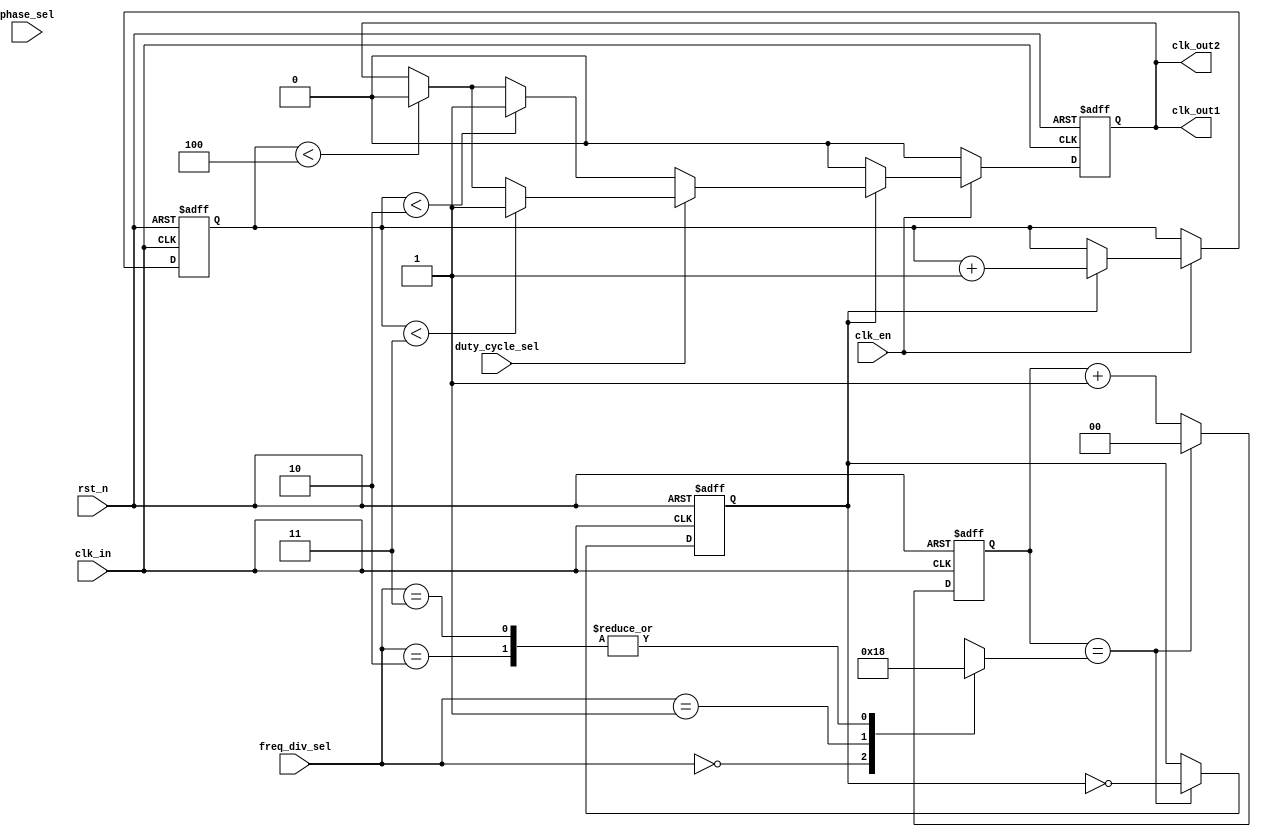
module ProgrammableClockBuffer (
    input wire clk_in,                // Input clock source
    input wire rst_n,                 // Active low reset
    input wire [1:0] freq_div_sel,    // Frequency division selector (00: 1x, 01: 2x, 10: 4x, 11: 8x)
    input wire [1:0] phase_sel,        // Phase adjustment selector (00: 0, 01: 90, 10: 180, 11: 270)
    input wire duty_cycle_sel,         // Duty cycle selector (0: 50%, 1: 75%)
    input wire clk_en,                 // Enable for the output clock
    output reg clk_out1,               // Output clock 1
    output reg clk_out2                // Output clock 2
);

reg [1:0] clk_div;                   // Clock divider count
reg [1:0] clk_count1, clk_count2;    // Clock counters for duty cycle
reg clk_divided;                     // Divided clock signal
reg [1:0] phase_shift;               // Phase shift adjustment

// Frequency Division Logic
always @(posedge clk_in or negedge rst_n) begin
    if (!rst_n) begin
        clk_count1 <= 0;
        clk_divided <= 0;
    end else begin
        if (clk_count1 == clk_div) begin
            clk_divided <= ~clk_divided;
            clk_count1 <= 0;
        end else begin
            clk_count1 <= clk_count1 + 1;
        end
    end
end

// Phase Adjustment Logic
always @(posedge clk_in or negedge rst_n) begin
    if (!rst_n) begin
        phase_shift <= 0;
    end else begin
        case (phase_sel)
            2'b00: phase_shift <= 0;   // 0 degrees
            2'b01: phase_shift <= 1;   // 90 degrees
            2'b10: phase_shift <= 2;   // 180 degrees
            2'b11: phase_shift <= 3;   // 270 degrees
            default: phase_shift <= 0;
        endcase
    end
end

// Output Clock Generation with Duty Cycle and Enable Control
always @(posedge clk_in or negedge rst_n) begin
    if (!rst_n) begin
        clk_out1 <= 0;
        clk_count2 <= 0;
    end else if (clk_en) begin
        if (clk_divided) begin
            if (duty_cycle_sel) begin // 75% duty cycle
                if (clk_count2 < 3) begin
                    clk_out1 <= 1;
                end else if (clk_count2 < 4) begin
                    clk_out1 <= 0;
                end
            end else begin // 50% duty cycle
                if (clk_count2 < 2) begin
                    clk_out1 <= 1;
                end else if (clk_count2 < 4) begin
                    clk_out1 <= 0;
                end
            end
            if (clk_count2 == 4) begin
                clk_count2 <= 0;
            end else begin
                clk_count2 <= clk_count2 + 1;
            end
        end else begin
            clk_out1 <= 0;
        end
    end else begin
        clk_out1 <= 0; // Disable output when not enabled
    end
end

// Duplicate clock output for clk_out2 with different settings if necessary
assign clk_out2 = clk_out1; // For simplicity, this can be modified to handle different configurations.

// Frequency divider selection
always @(*) begin
    case (freq_div_sel)
        2'b00: clk_div = 1;  // Divide by 1
        2'b01: clk_div = 2;  // Divide by 2
        2'b10: clk_div = 4;  // Divide by 4
        2'b11: clk_div = 8;  // Divide by 8
        default: clk_div = 1;
    endcase 
end

endmodule